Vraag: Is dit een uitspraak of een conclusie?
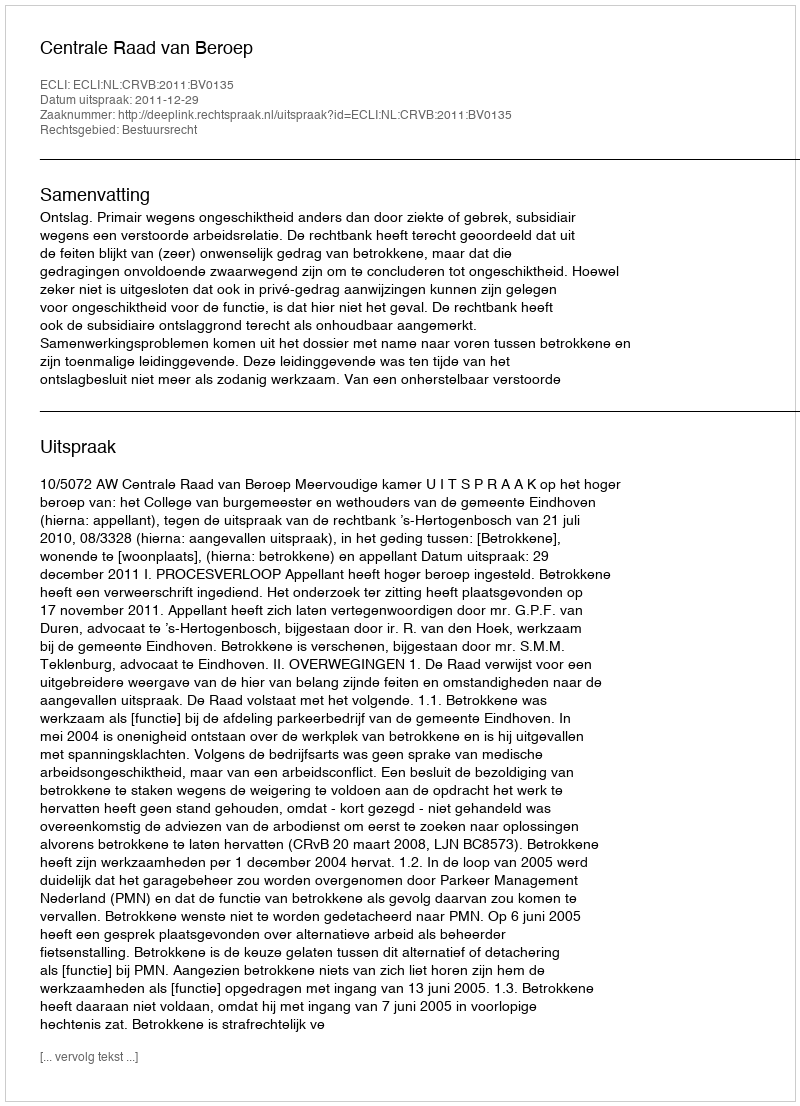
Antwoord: Uitspraak